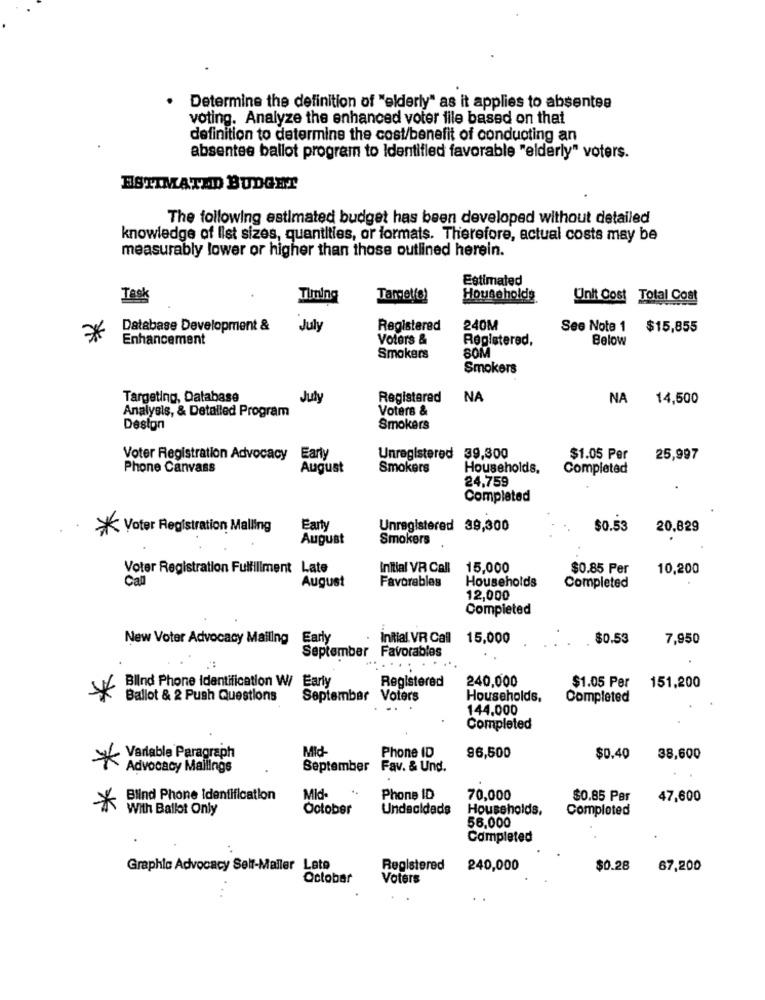
.
Determine the definition of "elderly" as it applies to absentee
voting. Analyze the enhanced voter file based on that
definition to determine the cost/benefit of conducting an
absentee ballot program to Identified favorable "elderly" voters.
ESTIMATED BUDGET
The following estimated budget has been developed without detailed
knowledge of list sizes, quantities, or formats. Therefore, actual costs may be
measurably lower or higher than those outlined herein.
Estimated
Task
Timing
Target(s)
Households
Unit Cost
Total Cost
Database Development &
July
Registered
240M
See Note 1
$15,855
*
Enhancement
Voters &
Registered,
Below
SOM
Smokers
Smokers
Targeting, Database
July
Registered
NA
NA
14,500
Analysis, & Detailed Program
Voters &
Design
Smokers
Voter Registration Advocacy
Early
Unregistered 39,300
$1.05 Per
25,997
Phone Canvass
August
Smokers
Households.
Completed
24,759
Completed
* Voter Registration Malling
Earty
Unregistered 39,300
$0.53
20.829
August
Smokers
Voter Registration Fulfillment Late
Initial VR Call
15,000
$0.85 Per
10,200
Call
Favorables
Households
August
Completed
12,000
Completed
New Voter Advocacy Mailing Early
Initial VR Call
15,000
$0.53
7,950
September
Favorables
Blind Phone Identification W/ Early
Registered
240,000
$1.05 Per
151,200
Ballot & 2 Push Questions
September Voters
Households,
Completed
144.000
Completed
Variable Paragraph
Mid-
Phone ID
96,500
$0.40
38,600
Advocacy Mailings
September
Fav. & Und.
Blind Phone Identification
Mid-
Phone ID
70,000
$0.85 Per
47,600
*
With Ballot Only
October
Undecideds
Households.
Completed
56,000
Completed
Graphic Advocacy Self-Maller Late
Registered
240,000
$0.28
67,200
October
Voters